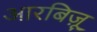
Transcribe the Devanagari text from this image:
आरबिज़ू